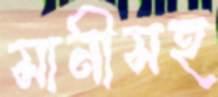
সানীসহ